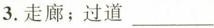
3.走廊；过道___